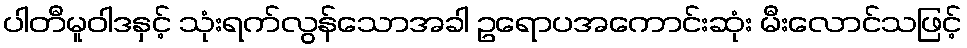
ပါတီမူဝါဒနှင့် သုံးရက်လွန်သောအခါ ဥရောပအကောင်းဆုံး မီးလောင်သဖြင့်